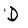
Character: D